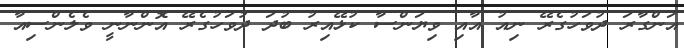
އަންގާރަ ދުވަހުގެރޭ ނިއު އާއި ވިޔަންސާ ކުޅޭއިރު ބުދަ ދުވަހުގެރޭ އޮންނާނީ ވެލެންސިއާ